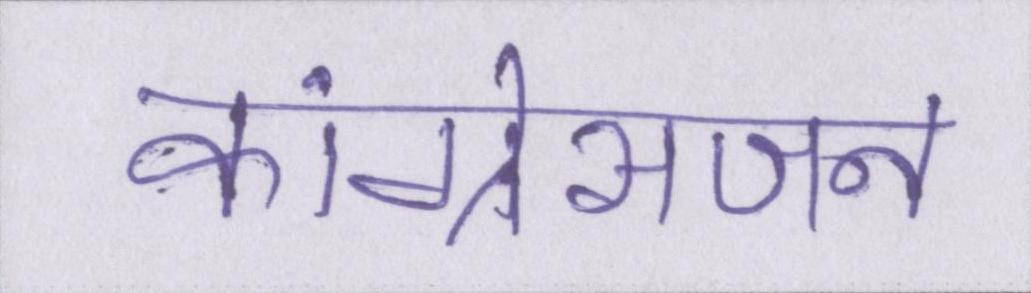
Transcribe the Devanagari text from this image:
कांग्रेसजन